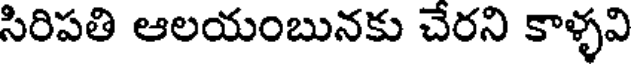
సిరిపతి ఆలయంబునకు చేరని కాళ్ళవి